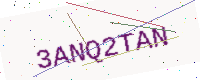
Text: 3ANQ2TAN